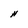
Character: H